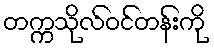
တက္ကသိုလ်ဝင်တန်းကို